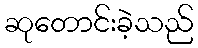
ဆုတောင်းခဲ့သည်